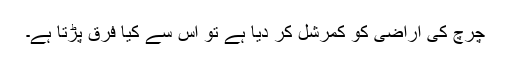
چرچ کی اراضی کو کمرشل کر دیا ہے تو اس سے کیا فرق پڑتا ہے۔